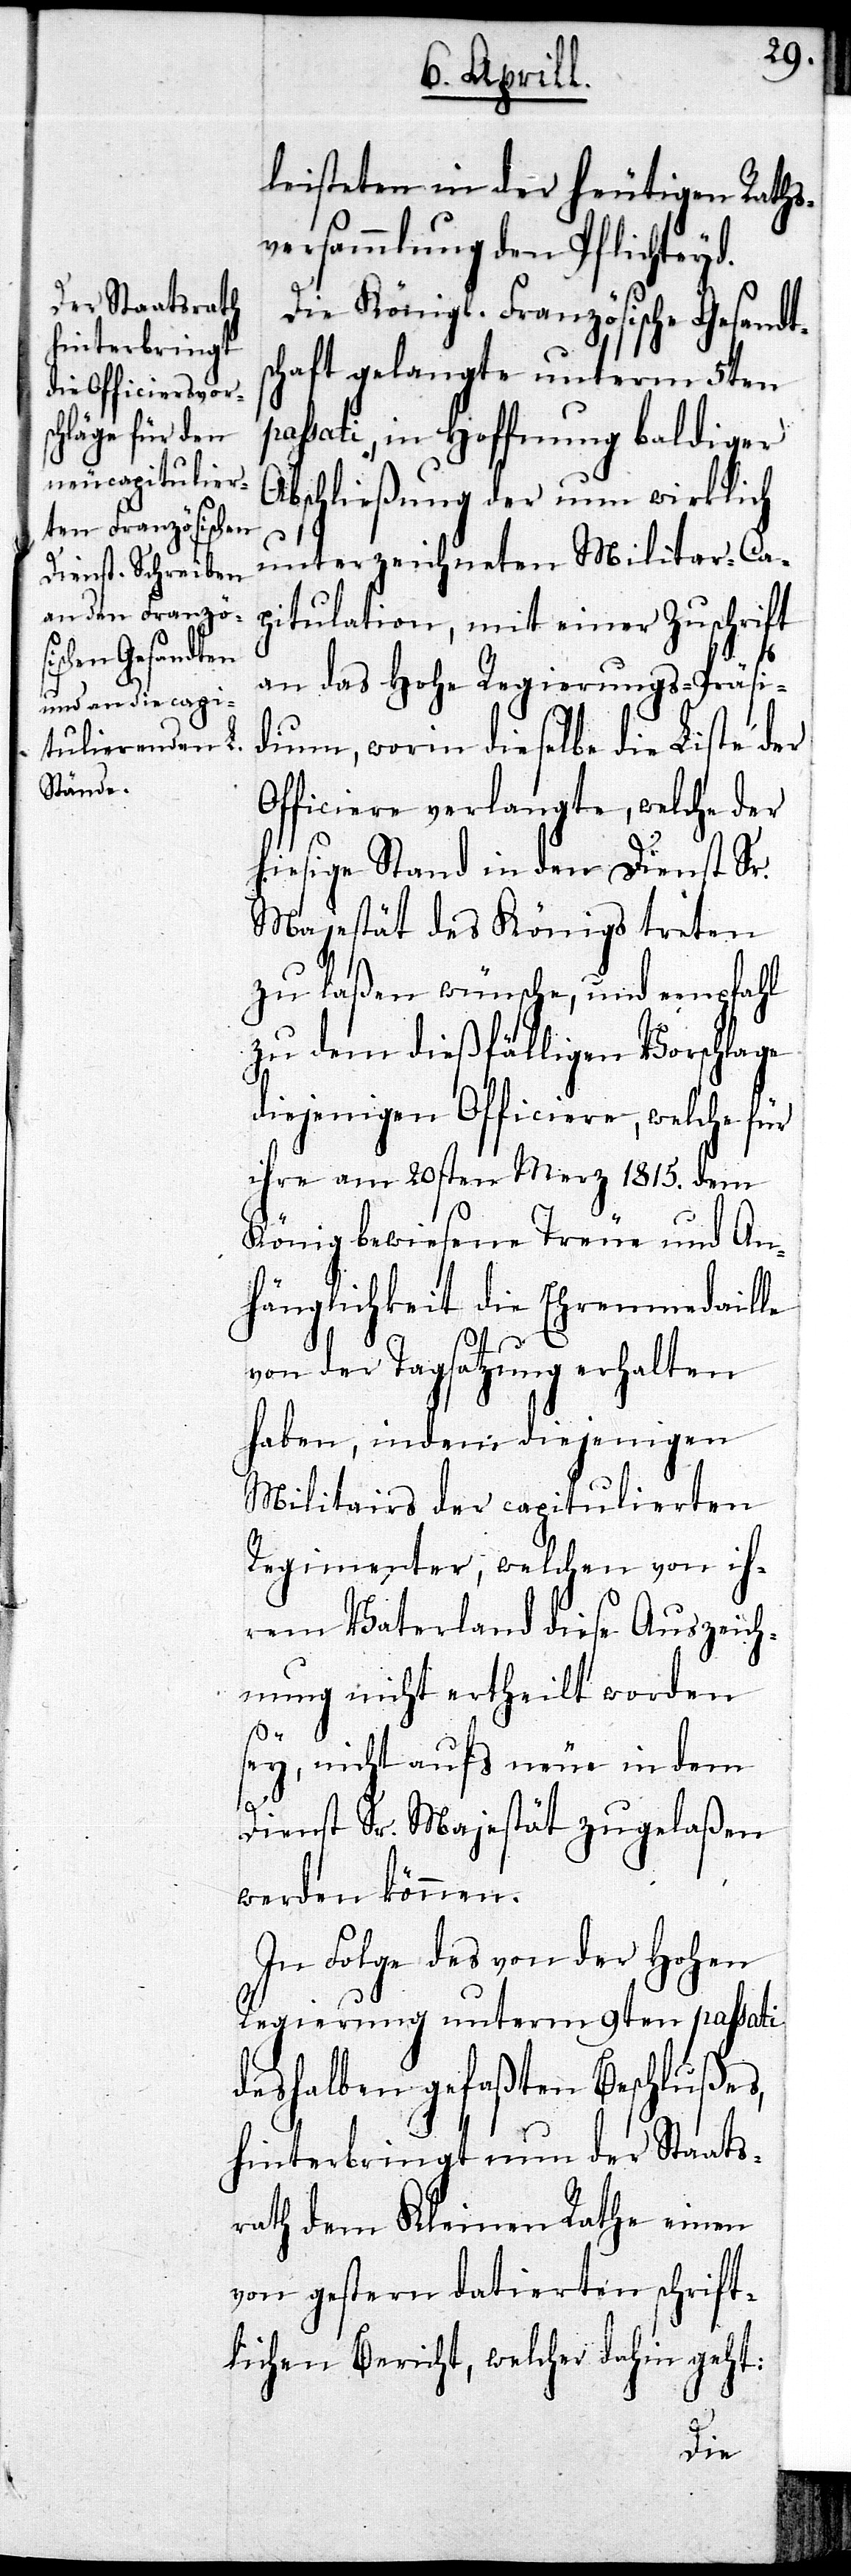
leisteten in der heutigen Raths¬
versammlung den Pflichteyd.
Die Königl. Französische Gesandts¬
chaft gelangte unterm 5ten
passati, in Hoffnung baldiger
Abschließung der nun wirklich
unterzeichneten Militar-Ca¬
pitulation, mit einer Zuschrift
an das Hohe Regierungs-Präsi¬
dium, worin dieselbe die Liste der
Officiere verlangte, welche der
hiesige Stand in den Dienst Sr.
Majestät des Königs treten
zu laßen wünsche, und empfahl
zu dem dießfälligen Vorschlage
diejenigen Officiere, welche für
ihre am 20sten Merz 1815. dem
König bewiesene Treue und An¬
hänglichkeit die Ehrenmedaille
von der Tagsatzung erhalten
haben, indem diejenigen
Militairs der capitulierten
Regimenter, welchen von ih¬
rem Vaterland diese Auszeich¬
nung nicht ertheilt worden
sey, nicht aufs neue in dem
Dienst Sr. Majestät zugelaßen
werden können.
In Folge des von der Hohen
Regierung unterm 9ten passati
deshalben gefaßten Beschlußes,
hinterbringt nun der Staats¬
rath dem Kleinen Rathe einen
von gestern datierten schrift¬
lichen Bericht, welcher dahin geht: